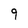
Character: 9